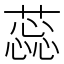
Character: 蕊